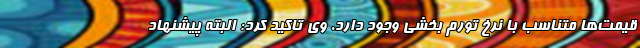
قیمت‌ها متناسب با نرخ تورم بخشی وجود دارد. وی تاکید کرد: البته پیشنهاد